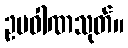
ဥပဝါဏသုတ်။